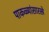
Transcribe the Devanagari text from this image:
पाकळ्यांसारखे